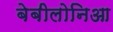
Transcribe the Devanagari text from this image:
बेबीलोनिआ